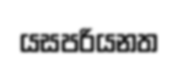
යසපරියනත